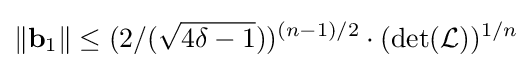
\Vert \mathbf {b} _{1}\Vert \leq (2/({\sqrt {4\delta -1}}))^{(n-1)/2}\cdot (\det({\mathcal {L}}))^{1/n}